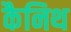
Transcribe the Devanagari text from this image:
कैनिथ